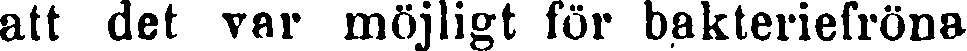
att det var möjligt för bakteriefröna